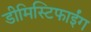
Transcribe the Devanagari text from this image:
डीमिस्टिफाईंग